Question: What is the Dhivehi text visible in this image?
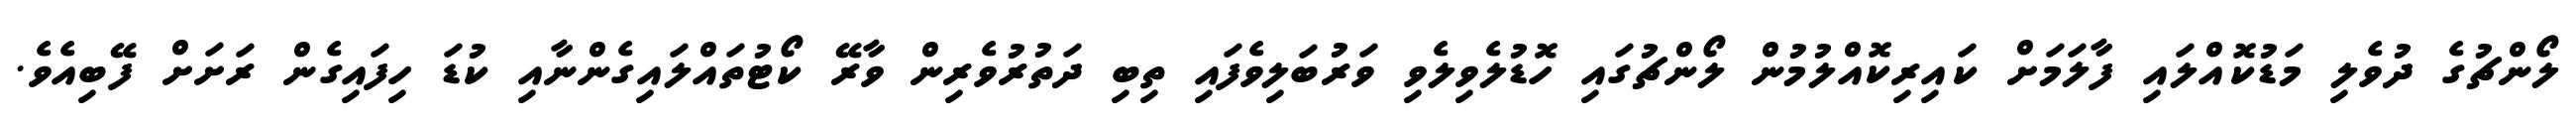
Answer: ލޯންޗުގެ ދުވެލި މަޑުކޮއްލައި ފާލަމަށް ކައިރިކޮއްލުމުން ލޯންޗުގައި ހޮޑުލެވިލެވި ވަރުބަލިވެފައި ތިބި ދަތުރުވެރިން ވާރޭ ކޯޓުތައްލައިގެންނާއި ކުޑަ ހިފައިގެން ރަށަށް ފޭބިއެވެ.